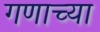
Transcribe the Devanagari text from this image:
गणाच्या